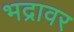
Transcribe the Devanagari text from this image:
भद्रावर